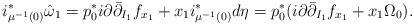
LaTeX: \begin{align*}i^*_{\mu^{-1}(0)}\hat{\omega}_1 = p_0^*i\partial\bar\partial_{I_1}f_{x_1} + x_1 i^*_{\mu^{-1}(0)}d\eta = p_0^*(i\partial\bar\partial_{I_1}f_{x_1} + x_1\Omega_0).\end{align*}